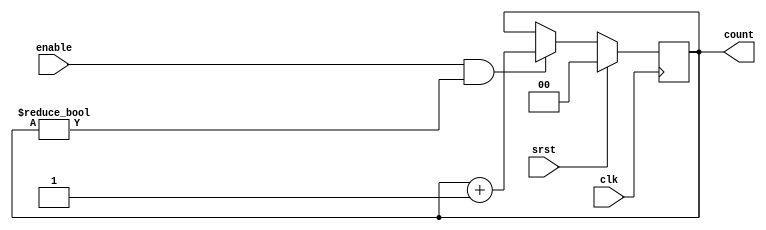
`timescale 1ns / 1ps
//////////////////////////////////////////////////////////////////////////////////
// Company: 
// Engineer: 
// 
// Design Name: 
// Module Name: counter
// Project Name: 
// Target Devices: 
// Tool Versions: 
// Description: 
// 
// Dependencies: 
// 
// Revision:
// Revision 0.01 - File Created
// Additional Comments:
// 
//////////////////////////////////////////////////////////////////////////////////


module counter #(
    parameter INITIAL_VALUE = 0, // Initial value of the counter on reset
    parameter COUNT_DOWN = 0, // Toggle to count down instead of count up
    parameter STOP_VALUE = 0, // Value at which to stop the count
    parameter COUNTER_BITS = 0 // Bit length of the counter - adjust as needed
)(
    input clk,
    input srst, // Sycnhronous reset to clk
    input enable, // Value of counter will only change if enable is asserted at time of clk posedge

    output reg [COUNTER_BITS-1:0] count = INITIAL_VALUE // Value of the counter
);

    always @ (posedge clk) begin 
        if (srst) // If the module is reset, return to the initial value
            count <= INITIAL_VALUE;
        else if (enable & count != STOP_VALUE) // Only change the counter value if the enable is asserted and the count is not at STOP_VALUE
            if (!COUNT_DOWN)
                count <= count + 1; // Count up if !COUNT_DOWN
            else
                count <= count - 1; // Count down if COUNT_DOWN
        else
            count <= count;
    end


endmodule